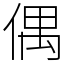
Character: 偶